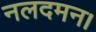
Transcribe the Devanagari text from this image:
नलदमन।